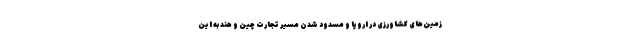
زمین‌های کشاورزی در اروپا و مسدود شدن مسیر تجارت چین و هند به این